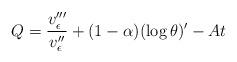
LaTeX: \begin{align*} Q = \frac {v_\epsilon'''}{v_\epsilon''} + (1-\alpha)(\log \theta)' - A t\end{align*}